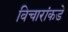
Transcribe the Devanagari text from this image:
विचारांकडे